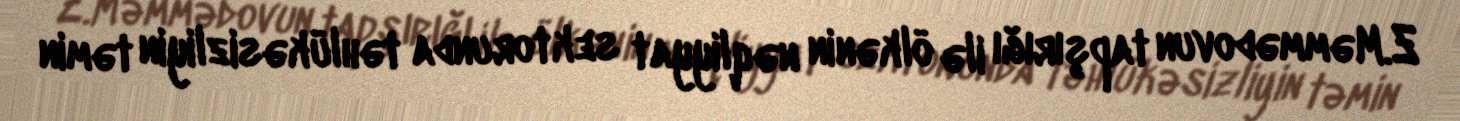
Z.Məmmədovun tapşırığı ilə ölkənin nəqliyyat sektorunda təhlükəsizliyin təmin